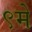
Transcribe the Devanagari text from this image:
९मे